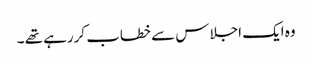
وہ ایک اجلا س سے خطاب کررہے تھے ۔